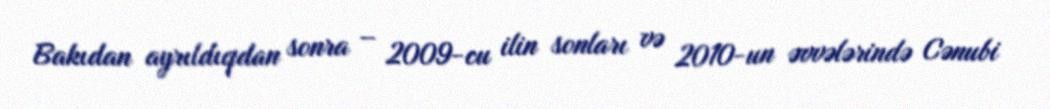
Bakıdan ayrıldıqdan sonra – 2009-cu ilin sonları və 2010-un əvvələrində Cənubi